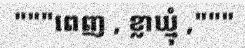
"""ពេញ , ខ្លាឃ្មុំ ,"""